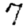
Digit: 7